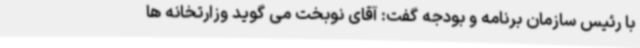
با رئیس سازمان برنامه و بودجه گفت: آقای نوبخت می گوید وزارتخانه ها